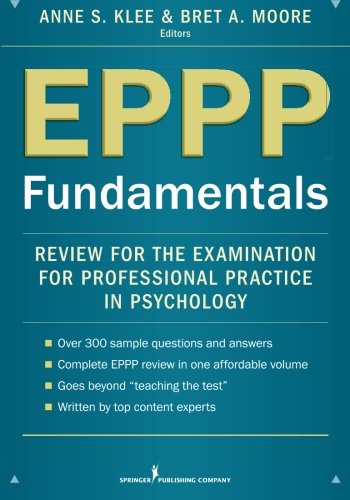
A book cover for EPPP Fundamentals: Review for the Examination for Professional Practice in Psychology; Medical Books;